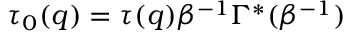
\tau _ { 0 } ( q ) = \tau ( q ) \beta ^ { - 1 } \Gamma ^ { \ast } ( \beta ^ { - 1 } )